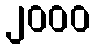
၂၀၀၀